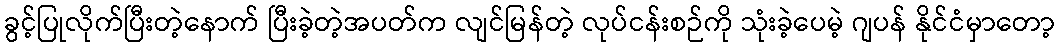
ခွင့်ပြုလိုက်ပြီးတဲ့နောက် ပြီးခဲ့တဲ့အပတ်က လျင်မြန်တဲ့ လုပ်ငန်းစဉ်ကို သုံးခဲ့ပေမဲ့ ဂျပန် နိုင်ငံမှာတော့